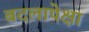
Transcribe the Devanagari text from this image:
बदलापेक्षा